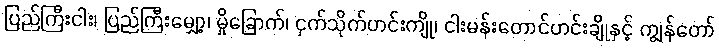
ပြည်ကြီးငါး၊ ပြည်ကြီးမျှော့၊ မှိုခြောက်၊ ငှက်သိုက်ဟင်းကျို၊ ငါးမန်းတောင်ဟင်းချိုနှင့် ကျွန်တော်